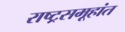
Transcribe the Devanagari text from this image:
राष्ट्रसमूहांत